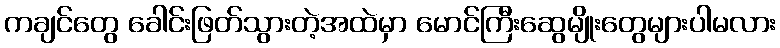
ကချင်တွေ ခေါင်းဖြတ်သွားတဲ့အထဲမှာ မောင်ကြီးဆွေမျိုးတွေများပါမလား